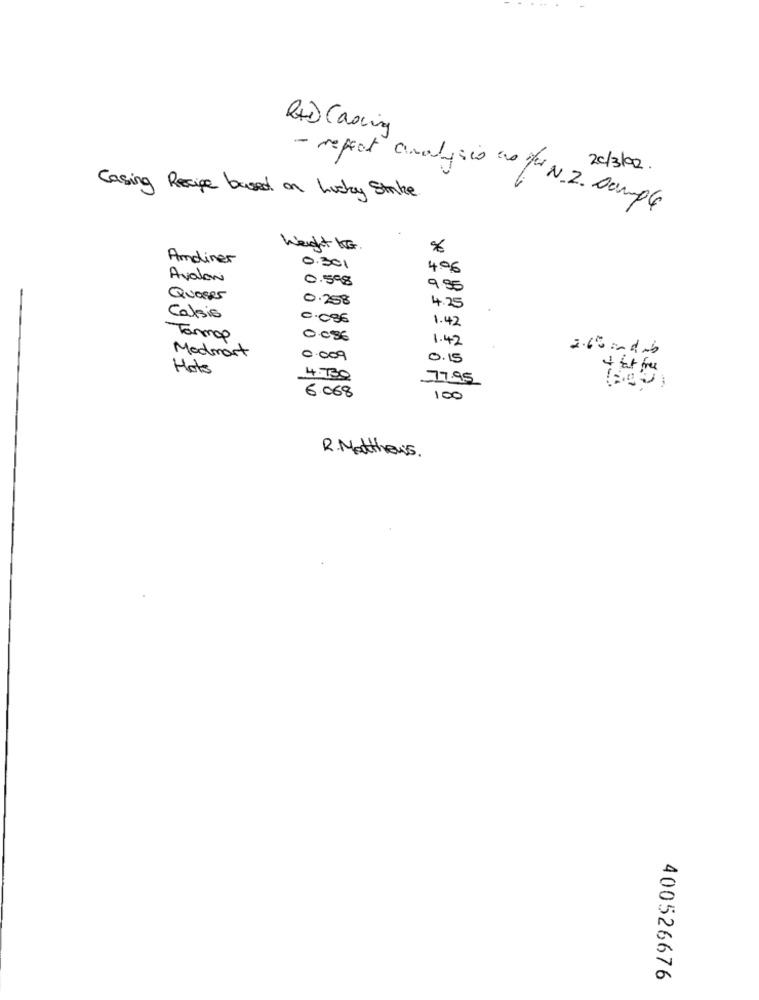
Rxd Casing
20/3/02.
Casing Recipe based on Lucky Strike
- reffect analysis 2s / N.Z. sample
Weight KG .
Amdiner
0.301
4.06
Avalon
0.598
9.55
QueSer
0.258
4.25
Calais
0.086
1.42
Tamop
0
1.42
2.65 an dub
Medmart
0.009
0.15
Hots
4.730
77.95
6.068
100
R. Matthews.
400526676